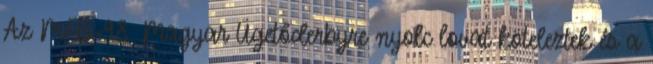
Az MFB-98. Magyar Ügetőderbyre nyolc lovat köteleztek és a